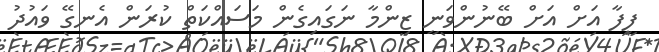
ފީފާ އަށް އަށް ބޭނުންވަނީ ޒިންމާ ނަގައިގެން މަސައްކަތް ކުރަން އެނގޭ ވައުދު